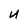
Character: U